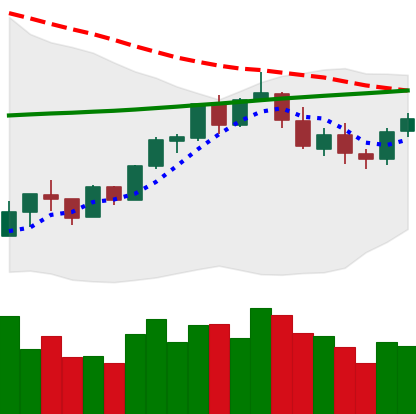
Ticker: BTC-USD
Chart end date: 2018-02-27
Forward return: 7.338%
Label: up_7plus